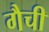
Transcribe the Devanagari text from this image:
गैची